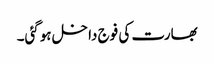
بھارت کی فوج داخل ہوگئی۔